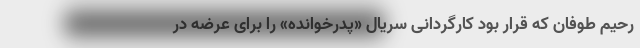
رحیم طوفان که قرار بود کارگردانی سریال «پدرخوانده» را برای عرضه در